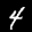
Label: 4